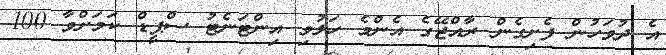
އެ ދުވަހުން ފެށިގެން ރާއްޖޭގެ އެންމެ ހަލުވި އިންޓަނެޓު ސްޕީޑް ކަމަށްވާ 100